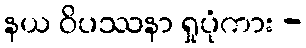
နယ ဝိပဿနာ ရှုပုံကား -